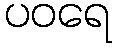
ပဝရေ